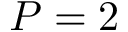
P = 2